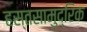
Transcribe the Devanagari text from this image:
हस्तसामुद्रिक